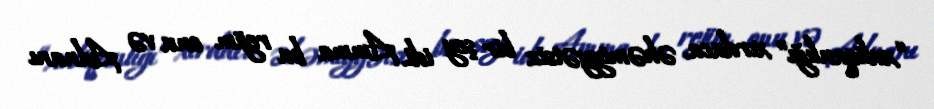
“xuliqanlığı” xırdaca, əhəmiyyətsiz bir şey idi. Amma bu rejim onu və Adnanı